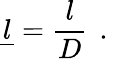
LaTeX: \underline{{l}}=\frac{l}{D}\, \mathrm{~.~}